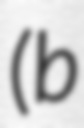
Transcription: (b